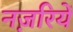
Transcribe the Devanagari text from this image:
नज़रियें